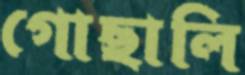
গোছালি